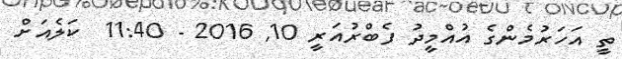
ތީ އަހަރުމެންގެ އުއްމީދު ފެބްރުއަރީ 10